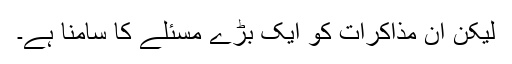
لیکن ان مذاکرات کو ایک بڑے مسئلے کا سامنا ہے۔